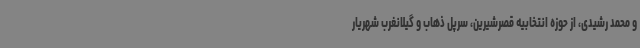
و محمد رشیدی، از حوزه انتخابیه قصرشیرین، سرپل ذهاب و گیلانغرب شهریار